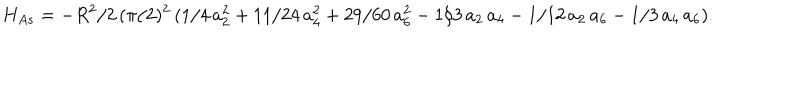
H _ { A s } = - R ^ { 2 } / 2 \, ( \pi / 2 ) ^ { 2 } \, ( 1 / 4 \, a _ { 2 } ^ { 2 } + 1 1 / 2 4 \, a _ { 4 } ^ { 2 } + 2 9 / 6 0 \, a _ { 6 } ^ { 2 } - 1 / 3 \, a _ { 2 } \, a _ { 4 } - 1 / 1 2 \, a _ { 2 } \, a _ { 6 } - 1 / 3 \, a _ { 4 } \, a _ { 6 } ) .